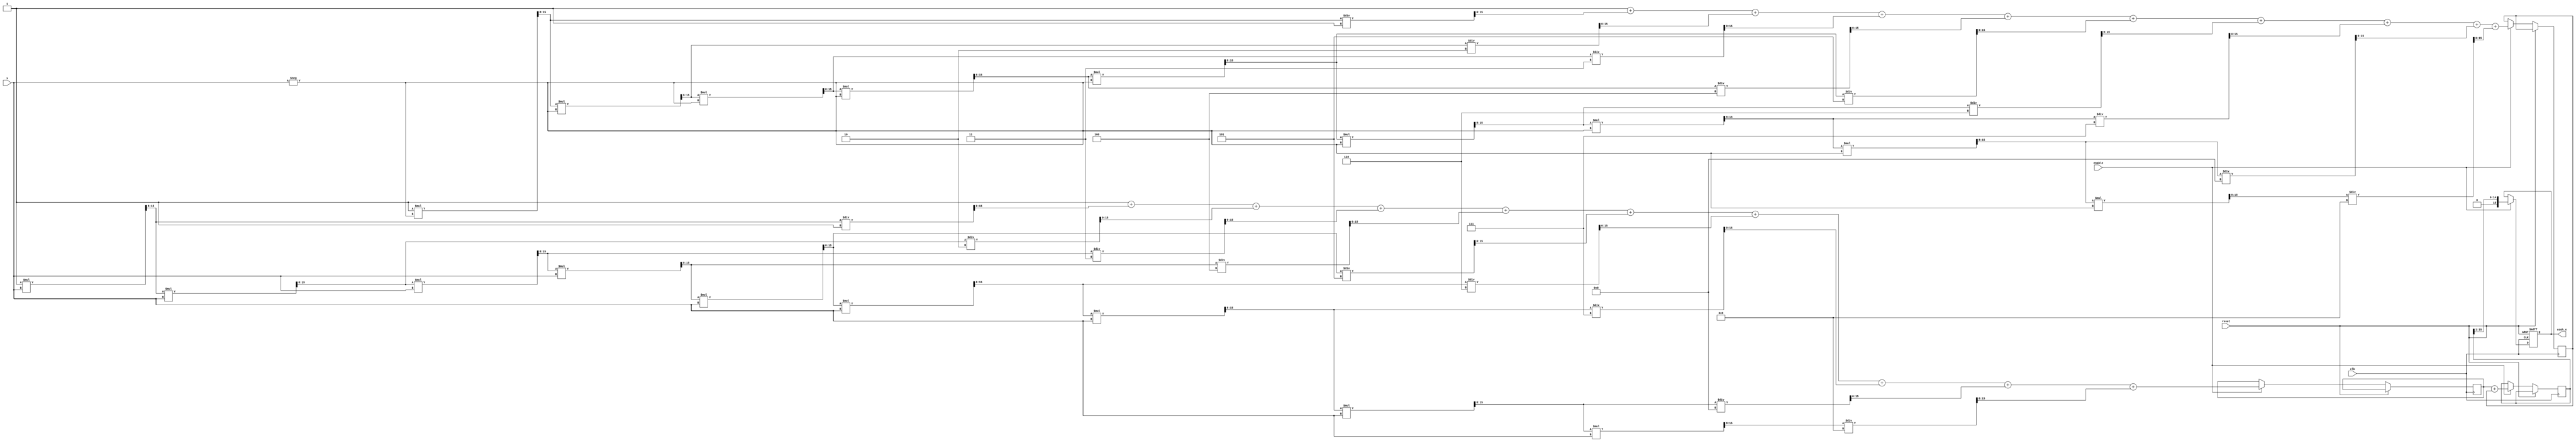
module hyperbolic_cosh (
    input wire clk,
    input wire reset,
    input wire enable,
    input wire [15:0] x, // Input: Fixed-point representation of x
    output reg [15:0] cosh_x // Output: Fixed-point representation of cosh(x)
);

    // Parameters for fixed-point representation
    parameter WIDTH = 16;
    parameter FRACTIONAL_BITS = 8; // Number of fractional bits

    // Internal signals
    reg [WIDTH-1:0] exp_x; // e^x
    reg [WIDTH-1:0] exp_neg_x; // e^-x
    reg [WIDTH-1:0] sum_exp; // e^x + e^-x

    // Function to compute e^x using Taylor series approximation
    function [WIDTH-1:0] exp_taylor;
        input [WIDTH-1:0] x;
        integer i;
        reg [WIDTH-1:0] term;
        reg [WIDTH-1:0] result;
        begin
            result = 16'h0001; // e^0 = 1
            term = 16'h0001; // First term (x^0 / 0!)
            for (i = 1; i < 10; i = i + 1) begin // 10 terms for approximation
                term = (term * x) >> FRACTIONAL_BITS; // x^i / i!
                result = result + term / i; // Add term to result
            end
            exp_taylor = result;
        end
    endfunction

    // Main process
    always @(posedge clk or posedge reset) begin
        if (reset) begin
            cosh_x <= 16'h0000;
        end else if (enable) begin
            // Calculate e^x and e^-x
            exp_x <= exp_taylor(x);
            exp_neg_x <= exp_taylor(-x);
            
            // Calculate cosh(x) = (e^x + e^-x) / 2
            sum_exp <= exp_x + exp_neg_x;
            cosh_x <= sum_exp >> 1; // Divide by 2
        end
    end

endmodule